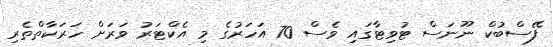
ފޭސްބުކް ނޫނަސް ޓުވިޓާގައި ވެސް 70 އަހަރުގެ މި އެކްޓަރު ވަރަށް ހަރަކާތްތެރި